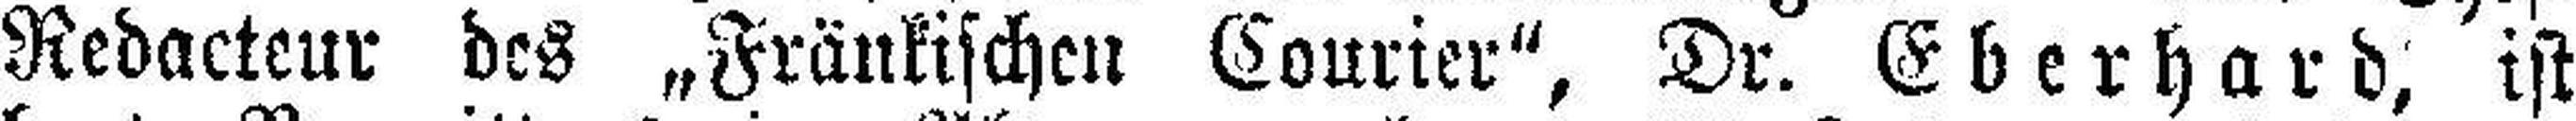
Redacteur des „Fränkischen Courier", Dr. Eberhard, ist